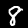
Digit: 8